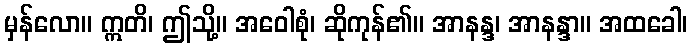
မှန်လော။ ဣတိ၊ ဤသို့။ အဝေါစုံ၊ ဆိုကုန်၏။ အာနန္ဒ၊ အာနန္ဒာ။ အထခေါ၊